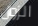
الزوال